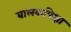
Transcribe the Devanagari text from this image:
बालकांपेक्षा